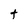
Character: t